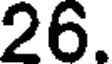
26.